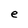
Character: e